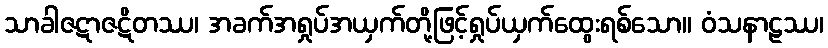
သာခါဇဋာဇဋိတဿ၊ အခက်အရှုပ်အယှက်တို့ဖြင့်ရှုပ်ယှက်ထွေးရစ်သော။ ဝံသနာဠဿ၊